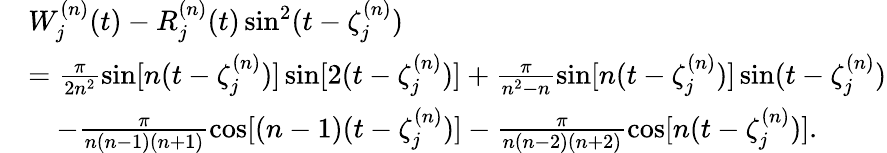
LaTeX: \begin{array}{rl}&{W_{j}^{(n)}(t)-R_{j}^{(n)}(t)\sin^{2}(t-\zeta_{j}^{(n)})}\\ &{=\frac{\pi}{2n^{2}}\sin[n(t-\zeta_{j}^{(n)})]\sin[2(t-\zeta_{j}^{(n)})]+\frac{\pi}{n^{2}-n}\sin[n(t-\zeta_{j}^{(n)})]\sin(t-\zeta_{j}^{(n)})}\\ &{\quad-\frac{\pi}{n(n-1)(n+1)}\cos[(n-1)(t-\zeta_{j}^{(n)})]-\frac{\pi}{n(n-2)(n+2)}\cos[n(t-\zeta_{j}^{(n)})].}\end{array}